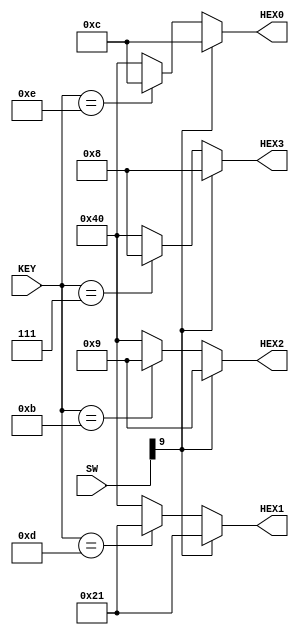
module Seven_segment_display_4 (

	input [3:0] KEY,
	input [9:0] SW,
	output reg [6:0] HEX0,HEX1,HEX2,HEX3);
	
	always @(*)
	begin
		
		if (SW[9]) 
		begin
		
			HEX0 <= 7'b0001_100;
			HEX1 <= 7'b0100_001;
			HEX2 <= 7'b0001_001;
			HEX3 <= 7'b0001_000;
			
		end
		else 
		begin
			case (KEY)
			
				4'b1110: begin	
				HEX0 <= 7'b0001_100; 
				HEX1 <= 7'b1000_000; 
				HEX2 <= 7'b1000_000; 
				HEX3 <= 7'b1000_000;
				end
				4'b1101:	begin 
				HEX1 <= 7'b0100_001; 
				HEX0 <= 7'b1000_000;	
				HEX2 <= 7'b1000_000; 
				HEX3 <= 7'b1000_000; 
				end
				4'b1011:	begin 
				HEX2 <= 7'b0001_001; 
				HEX1 <= 7'b1000_000; 
				HEX0 <= 7'b1000_000; 
				HEX3 <= 7'b1000_000; 
				end
				4'b0111: begin 
				HEX3 <= 7'b0001_000;	
				HEX1 <= 7'b1000_000; 
				HEX0 <= 7'b1000_000; 
				HEX2 <= 7'b1000_000; 
				end
				
				default: 
				begin
				HEX0 <= 7'b1000_000;
				HEX1 <= 7'b1000_000;
				HEX2 <= 7'b1000_000;
				HEX3 <= 7'b1000_000;
				end
			
			endcase
		end
	end
	
endmodule